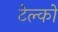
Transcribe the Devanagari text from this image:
टेल्‍को